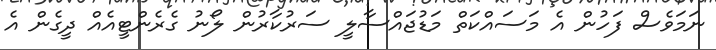
ނަމަވެސް ފަހުން އެ މަސައްކަތް މަޑުޖައްސާލީ ސަރުކާރުން ލޯނު ގެރެންޓީއެއް ދީގެން އެ